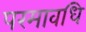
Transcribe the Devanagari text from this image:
परमावधि